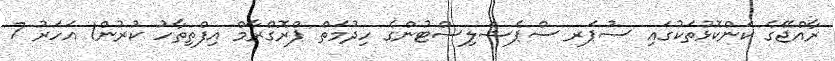
ރާއްޖޭގެ ކަންކޮޅުތަކުގައި ސުޕަރ ސްޕެޝަލިސްޓުންގެ ހިދުމަތް ޕްރޮގްރާމް އިފްތިތާހު ކުރުން1 އަހަރު 7